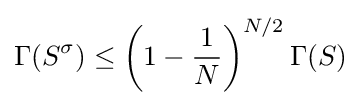
\Gamma (S^{\sigma })\leq \left(1-{\frac {1}{N}}\right)^{N/2}\Gamma (S)